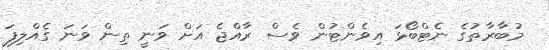
މުބާރާތުގެ ނެޓްބޯޅަ އިވެންޓުން ވެސް ރާއްޖެ އަށް ވަނީ ތިން ވަނަ ގެއްލިފަ